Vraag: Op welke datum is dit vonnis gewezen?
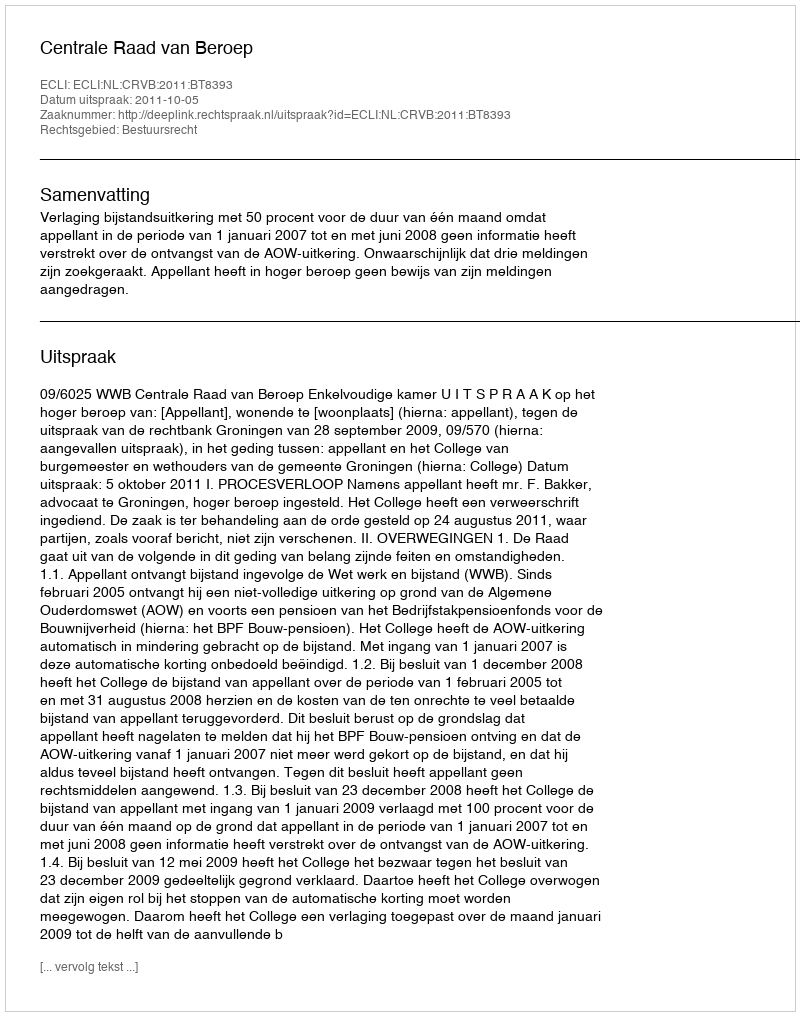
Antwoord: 2011-10-05